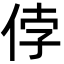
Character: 侼